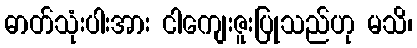
ဓာတ်သုံးပါးအား ငါကျေးဇူးပြုသည်ဟု မသိ၊